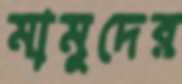
মামুদের